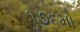
૧૭૬મો